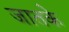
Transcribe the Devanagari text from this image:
जातके